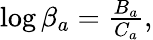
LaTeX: \begin{array}{r}{\log\beta_{a}=\frac{B_{a}}{C_{a}},}\end{array}